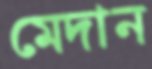
মেদান